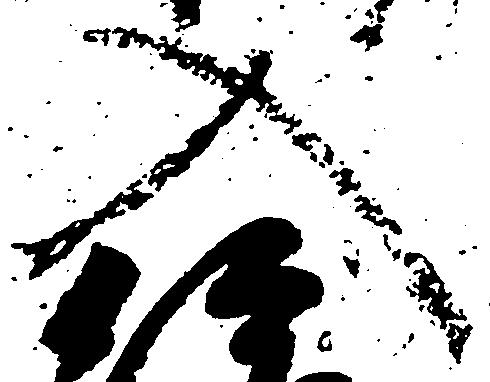
入